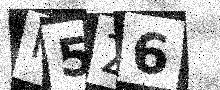
Text: N5Z6